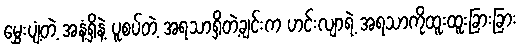
မွှေးပျံ့တဲ့ အနံ့ရှိနဲ့ ပူစပ်တဲ့ အရသာရှိတဲ့ချင်းက ဟင်းလျာရဲ့ အရသာကိုထူးထူးခြားခြား